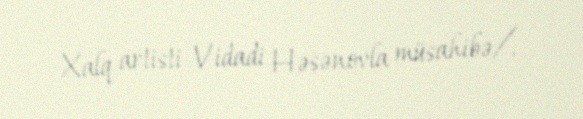
Xalq artisti Vidadi Həsənovla müsahibə/.